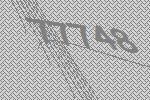
77748